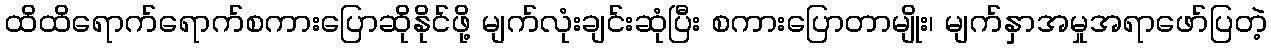
ထိထိရောက်ရောက်စကားပြောဆိုနိုင်ဖို့ မျက်လုံးချင်းဆုံပြီး စကားပြောတာမျိုး၊ မျက်နှာအမှုအရာဖော်ပြတဲ့